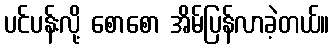
ပင်ပန်းလို့ စောစော အိမ်ပြန်လာခဲ့တယ်။